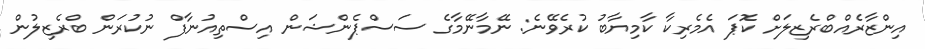
އިންޒާރެއްބްރެޒިލަށް ކޮޕަ އެމެރިކާ ކާމިޔާބު ކުރެވޭނެ: ނޭމާނޭމާގެ ސަސްޕެންޝަން އިސްތިއުނާފް ނުކުރަން ބްރެޒިލުން